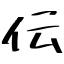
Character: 伝